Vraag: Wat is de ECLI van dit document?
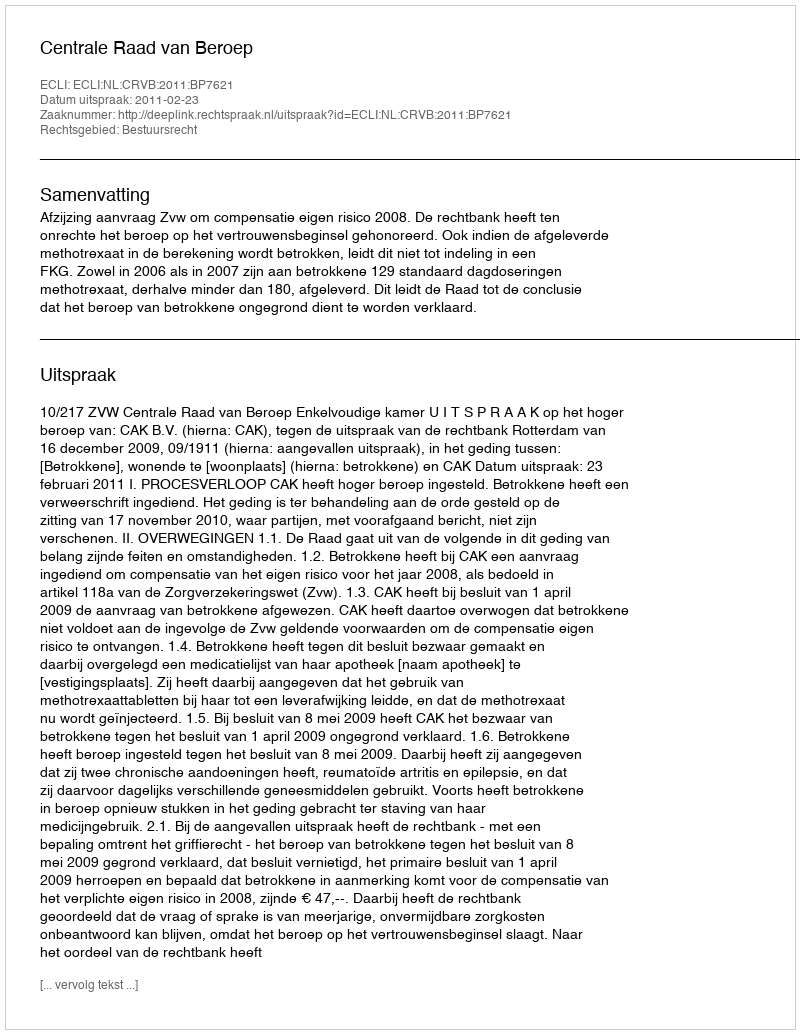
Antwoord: ECLI:NL:CRVB:2011:BP7621